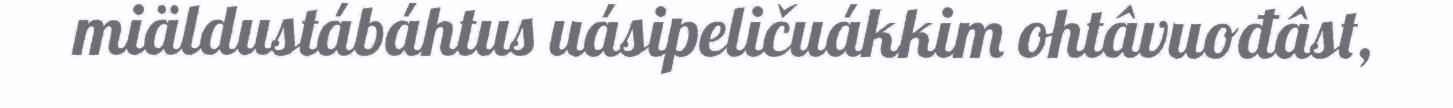
miäldustábáhtus uásipeličuákkim ohtâvuođâst,